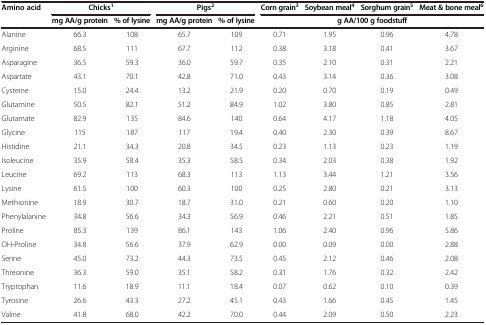
<table><thead><tr><td><b>Amino acid</b></td><td colspan="2"><b>Chicks<sup>1</sup></b></td><td colspan="2"><b>Pigs<sup>2</sup></b></td><td><b>Corn grain<sup>3</sup></b></td><td><b>Soybean meal<sup>4</sup></b></td><td><b>Sorghum grain<sup>5</sup></b></td><td><b>Meat &amp; bone meal<sup>6</sup></b></td></tr><tr><td><b> </b></td><td><b>mg AA/g protein</b></td><td><b>% of lysine</b></td><td><b>mg AA/g protein</b></td><td><b>% of lysine</b></td><td colspan="4"><b>g AA/100 g foodstuff</b></td></tr></thead><tbody><tr><td>Alanine</td><td>66.3</td><td>108</td><td>65.7</td><td>109</td><td>0.71</td><td>1.95</td><td>0.96</td><td>4.78</td></tr><tr><td>Arginine</td><td>68.5</td><td>111</td><td>67.7</td><td>112</td><td>0.38</td><td>3.18</td><td>0.41</td><td>3.67</td></tr><tr><td>Asparagine</td><td>36.5</td><td>59.3</td><td>36.0</td><td>59.7</td><td>0.35</td><td>2.10</td><td>0.31</td><td>2.21</td></tr><tr><td>Aspartate</td><td>43.1</td><td>70.1</td><td>42.8</td><td>71.0</td><td>0.43</td><td>3.14</td><td>0.36</td><td>3.08</td></tr><tr><td>Cysteine</td><td>15.0</td><td>24.4</td><td>13.2</td><td>21.9</td><td>0.20</td><td>0.70</td><td>0.19</td><td>0.49</td></tr><tr><td>Glutamine</td><td>50.5</td><td>82.1</td><td>51.2</td><td>84.9</td><td>1.02</td><td>3.80</td><td>0.85</td><td>2.81</td></tr><tr><td>Glutamate</td><td>82.9</td><td>135</td><td>84.6</td><td>140</td><td>0.64</td><td>4.17</td><td>1.18</td><td>4.05</td></tr><tr><td>Glycine</td><td>115</td><td>187</td><td>117</td><td>19.4</td><td>0.40</td><td>2.30</td><td>0.39</td><td>8.67</td></tr><tr><td>Histidine</td><td>21.1</td><td>34.3</td><td>20.8</td><td>34.5</td><td>0.23</td><td>1.13</td><td>0.23</td><td>1.19</td></tr><tr><td>Isoleucine</td><td>35.9</td><td>58.4</td><td>35.3</td><td>58.5</td><td>0.34</td><td>2.03</td><td>0.38</td><td>1.92</td></tr><tr><td>Leucine</td><td>69.2</td><td>113</td><td>68.3</td><td>113</td><td>1.13</td><td>3.44</td><td>1.21</td><td>3.56</td></tr><tr><td>Lysine</td><td>61.5</td><td>100</td><td>60.3</td><td>100</td><td>0.25</td><td>2.80</td><td>0.21</td><td>3.13</td></tr><tr><td>Methionine</td><td>18.9</td><td>30.7</td><td>18.7</td><td>31.0</td><td>0.21</td><td>0.60</td><td>0.20</td><td>1.10</td></tr><tr><td>Phenylalanine</td><td>34.8</td><td>56.6</td><td>34.3</td><td>56.9</td><td>0.46</td><td>2.21</td><td>0.51</td><td>1.85</td></tr><tr><td>Proline</td><td>85.3</td><td>139</td><td>86.1</td><td>143</td><td>1.06</td><td>2.40</td><td>0.96</td><td>5.86</td></tr><tr><td>OH-Proline</td><td>34.8</td><td>56.6</td><td>37.9</td><td>62.9</td><td>0.00</td><td>0.09</td><td>0.00</td><td>2.88</td></tr><tr><td>Serine</td><td>45.0</td><td>73.2</td><td>44.3</td><td>73.5</td><td>0.45</td><td>2.12</td><td>0.46</td><td>2.08</td></tr><tr><td>Threonine</td><td>36.3</td><td>59.0</td><td>35.1</td><td>58.2</td><td>0.31</td><td>1.76</td><td>0.32</td><td>2.42</td></tr><tr><td>Tryptophan</td><td>11.6</td><td>18.9</td><td>11.1</td><td>18.4</td><td>0.07</td><td>0.62</td><td>0.10</td><td>0.39</td></tr><tr><td>Tyrosine</td><td>26.6</td><td>43.3</td><td>27.2</td><td>45.1</td><td>0.43</td><td>1.66</td><td>0.45</td><td>1.45</td></tr><tr><td>Valine</td><td>41.8</td><td>68.0</td><td>42.2</td><td>70.0</td><td>0.44</td><td>2.09</td><td>0.50</td><td>2.23</td></tr></tbody></table>